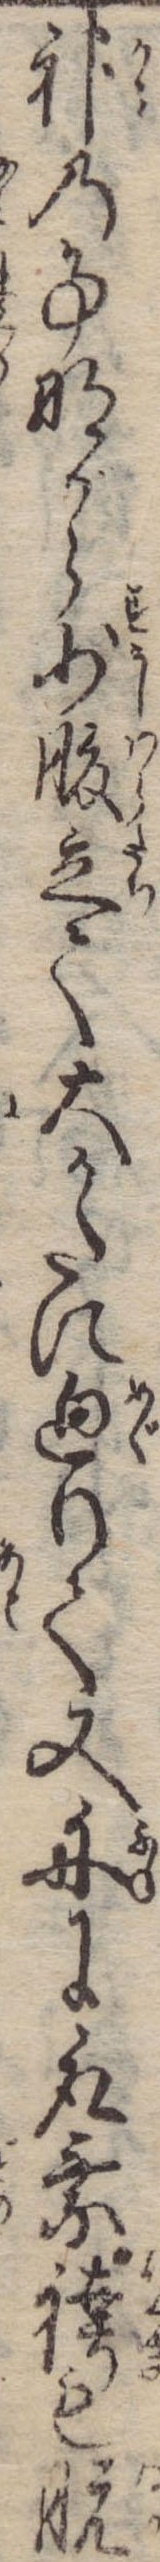
神の事ながら少腹立て大かたに廻りて又舟に取乗袴も脱